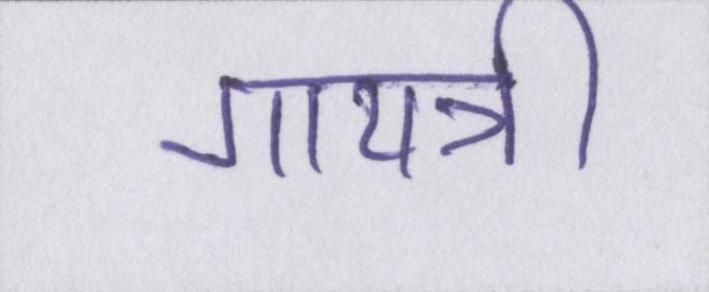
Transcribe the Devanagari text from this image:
गायत्री